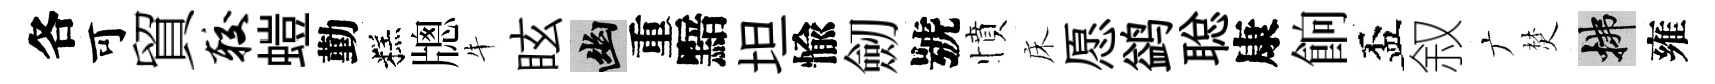
各可貿较螘勤糕牕牛眩幽重黯坦愉劒號憤床愿鹢聪康餉盃叙广焚拂雍